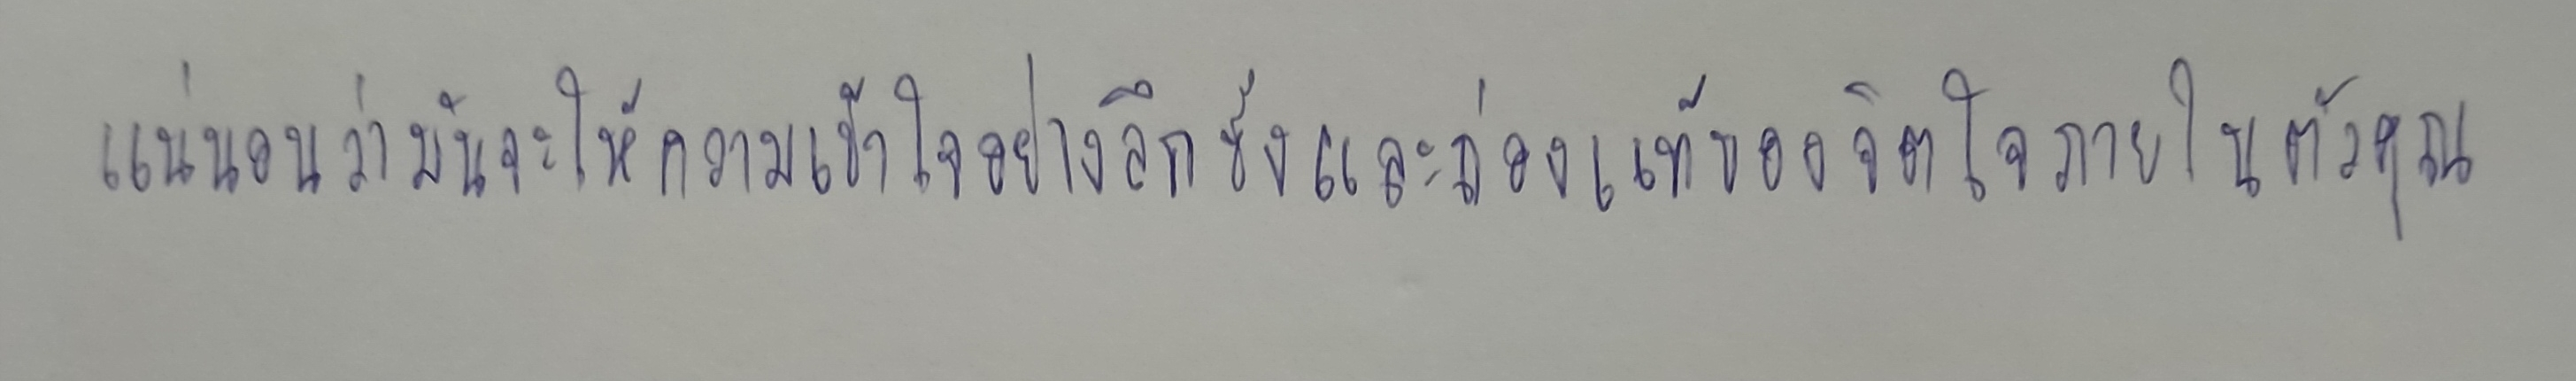
แน่นอนว่ามันจะให้ความเข้าใจอย่างลึกซึ้งและถ่องแท้ของจิตใจภายในตัวคุณ